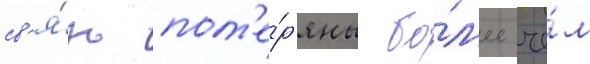
св'я́зь пот'е́р'яны бо́л'ее че́м